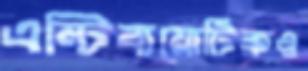
এন্টিবায়োটিকও